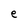
Character: e